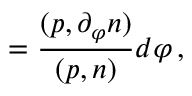
{ \bf \Omega } = \frac { ( p , \partial _ { \varphi } n ) } { ( p , n ) } d \varphi \, ,